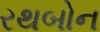
રથબોન